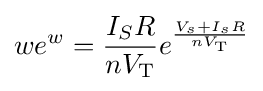
we^{w}={\frac {I_{S}R}{nV_{\text{T}}}}e^{\frac {V_{s}+I_{s}R}{nV_{\text{T}}}}